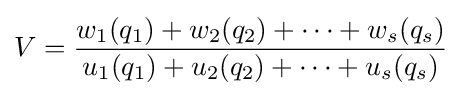
V={\frac {w_{1}(q_{1})+w_{2}(q_{2})+\cdots +w_{s}(q_{s})}{u_{1}(q_{1})+u_{2}(q_{2})+\cdots +u_{s}(q_{s})}}